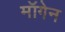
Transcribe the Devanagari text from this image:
मॉगेन